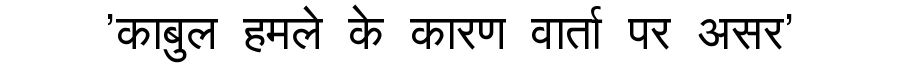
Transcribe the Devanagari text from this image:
'काबुल हमले के कारण वार्ता पर असर'